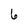
Character: 6